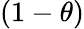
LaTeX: (1-\theta)